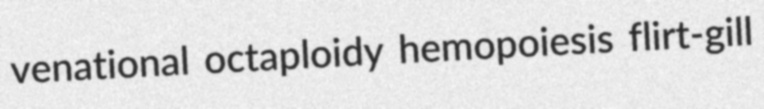
venational octaploidy hemopoiesis flirt-gill